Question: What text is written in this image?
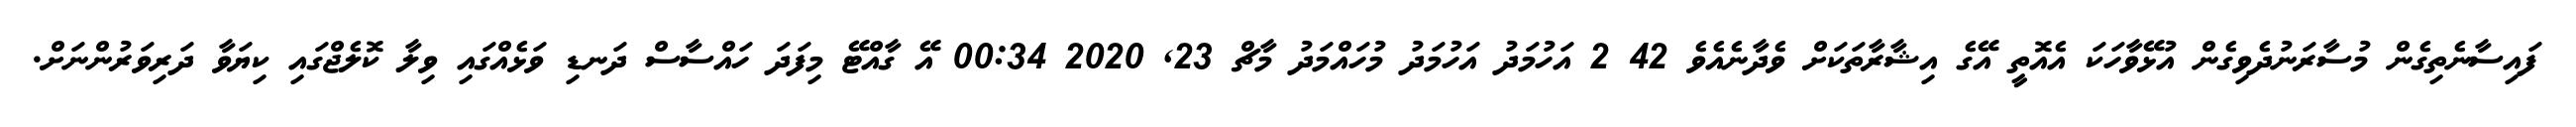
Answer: ފައިސާނެތިގެން މުސާރަނުދެވިގެން އުޅޭވާހަކަ އެއޮތީ އޭގެ އިޝާރާތަކަށް ވެދާނެއެވެ 42 2 އަހުމަދު އަހުމަދު މުހައްމަދު މާޗް 23, 2020 00:34 އޭ ގާއްޓޭ މިފަދަ ހައްސާސް ދަނޑި ވަޅެއްގައި ވިލާ ކޮލެޖްގައި ކިޔަވާ ދަރިވަރުންނަށް.